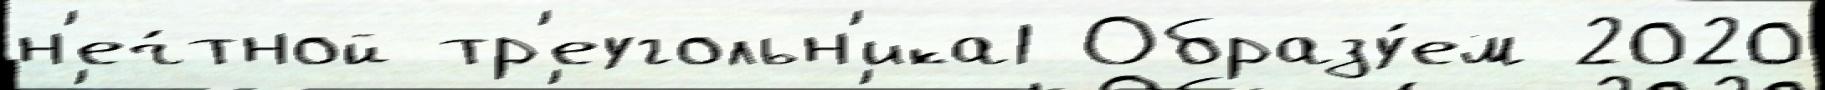
н'еч́тной тр'еугольн'ика1 Образу́ем 2020